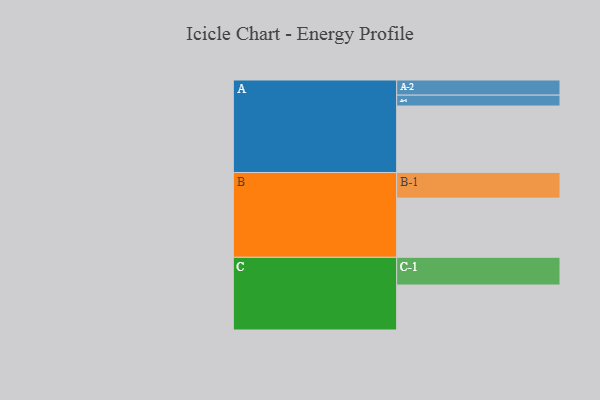
{"axis": {"x": "Segment", "y": "Value"}, "legend": ["", "A", "B", "C"], "data": [{"x": "A", "y": 597, "type": ""}, {"x": "B", "y": 532, "type": ""}, {"x": "C", "y": 404, "type": ""}, {"x": "A-1", "y": 98, "type": "A"}, {"x": "A-2", "y": 136, "type": "A"}, {"x": "B-1", "y": 230, "type": "B"}, {"x": "C-1", "y": 249, "type": "C"}]}